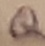
Text: Q